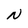
Character: N